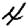
Digit: 4